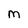
Character: M